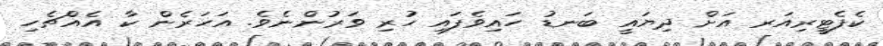
ކެފެޓީރިއަރ އަށް ދިޔައީ ބަނޑު ހައިވެފައި ހުރި ވަރުންނެވެ. އަހަރެން ކާ އެއްޗެހި